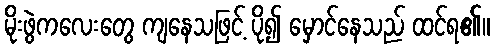
မိုးဖွဲကလေးတွေ ကျနေသဖြင့် ပို၍ မှောင်နေသည် ထင်ရ၏။